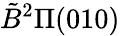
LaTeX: \tilde{B}^{2}\Pi(010)